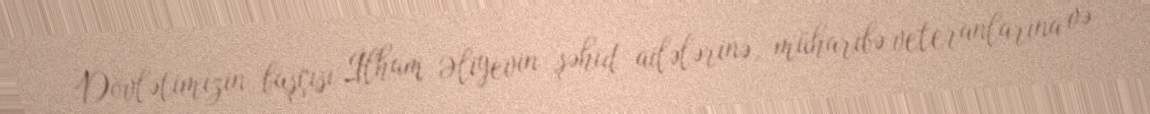
Dövlətimizin başçısı İlham Əliyevin şəhid ailələrinə, müharibə veteranlarına və